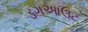
ડગઆઉટ